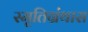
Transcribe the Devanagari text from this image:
स्मृतिग्रंथास